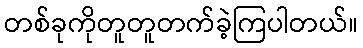
တစ်ခုကိုတူတူတက်ခဲ့ကြပါတယ်။